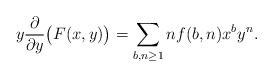
LaTeX: \begin{align*}y\frac{\partial}{\partial y}\big(F(x,y)\big) = \sum_{b,n\ge 1}nf(b,n)x^by^n.\end{align*}